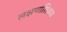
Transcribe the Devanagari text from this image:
लक्षणांशिवाय